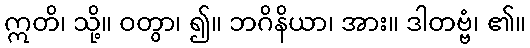
ဣတိ၊ သို့။ ဝတွာ၊ ၍။ ဘဂိနိယာ၊ အား။ ဒါတဗ္ဗံ၊ ၏။